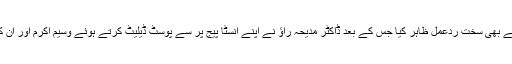
دوسری جانب سوشل میڈیا صارفین نے بھی سخت ردعمل ظاہر کیا جس کے بعد ڈاکٹر مدیحہ راؤ نے اپنے انسٹا پیج پر سے پوسٹ ڈیلیٹ کرتے ہوئے وسیم اکرم اور ان کے مداحوں سے معافی مانگ لی ہے۔